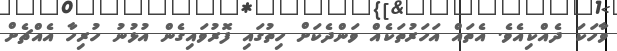
ވާހަކަ ދެއްކިއެވެ. އެތައް އަހަރުތަކެއް ވަންދެކަށް ހިތުގައި ފޮރުވައިގެން އުޅުނު ހުރިހާ އެއްޗެށް